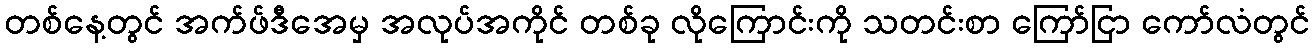
တစ်နေ့တွင် အက်ဖ်ဒီအေမှ အလုပ်အကိုင် တစ်ခု လိုကြောင်းကို သတင်းစာ ကြော်ငြာ ကော်လံတွင်